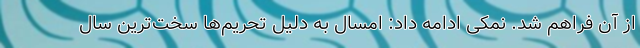
از آن فراهم شد. نمکی ادامه داد: امسال به دلیل تحریم‌ها سخت‌ترین سال